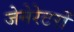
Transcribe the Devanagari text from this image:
जेनेरेटरों